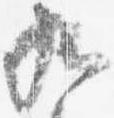
九